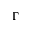
\Gamma